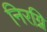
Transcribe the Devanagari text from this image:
निरग्नि